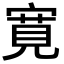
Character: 寛